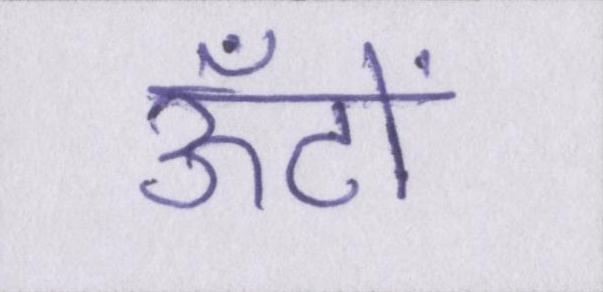
ऊँटों